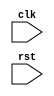
module timing_control (
    input wire clk,
    input wire rst,
    // Timing control block inputs and outputs
);

// Timing control block implementation here

endmodule